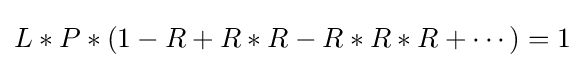
L*P*(1-R+R*R-R*R*R+\cdots )=1